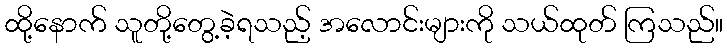
ထို့နောက် သူတို့တွေ့ခဲ့ရသည့် အလောင်းများကို သယ်ထုတ် ကြသည်။